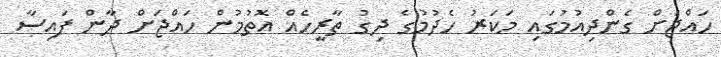
ހައްޖަށް ގެންދިއުމުގައި މަކަރު ހެދުމުގެ ދިގު ތާރީހެއް އޮތުމުން ހައްޖަށް ދާން ފައިސާ